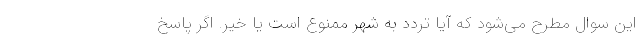
این سوال مطرح می‌شود که آیا تردد به شهر ممنوع است یا خیر. اگر پاسخ